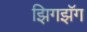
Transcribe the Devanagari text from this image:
झिगझॅग